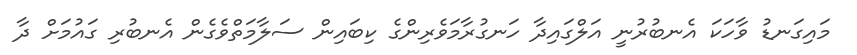
މައިގަނޑު ވާހަކަ އެނބުރުނީ އަލްގައިދާ ހަނގުރާމަވެރިންގެ ކިބައިން ސަލާމަތްވެގެން އެނބުރި ގައުމަށް ދާ